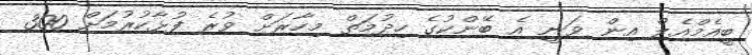
ބީއެމްއެލް އިން ވަނީ އެ ބޭންކުގެ ހިދުމަތް މިހާރަށް ވުރެ ފުޅާކުރުމަށް 300